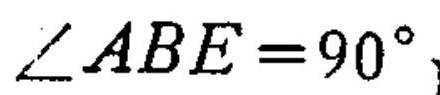
\(\angle ABE = 90^{\circ}\)